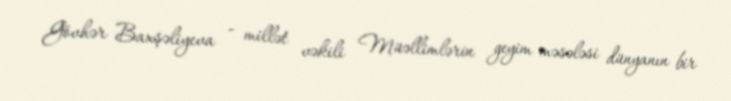
Gövhər Baxşəliyeva - millət vəkili Müəllimlərin geyim məsələsi dünyanın bir